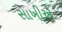
સાખીએ